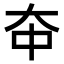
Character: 𫯞